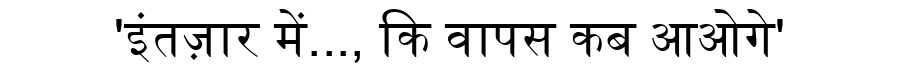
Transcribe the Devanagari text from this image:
'इंतज़ार में..., कि वापस कब आओगे'